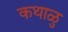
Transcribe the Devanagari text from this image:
कथाळु